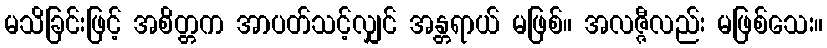
မသိခြင်းဖြင့် အစိတ္တက အာပတ်သင့်လျှင် အန္တရာယ် မဖြစ်။ အလဇ္ဇီလည်း မဖြစ်သေး။